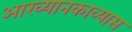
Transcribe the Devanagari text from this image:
आख्यानकाव्यास